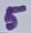
Text: 5